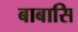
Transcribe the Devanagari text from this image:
बाबासि